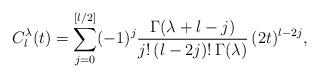
LaTeX: \begin{align*}C_l^\lambda(t)=\sum_{j=0}^{[l/2]}(-1)^j\frac{\Gamma(\lambda+l-j)}{j!\,(l-2j)!\,\Gamma(\lambda)}\,(2t)^{l-2j},\end{align*}